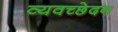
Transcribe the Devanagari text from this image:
व्यवच्छेदन